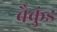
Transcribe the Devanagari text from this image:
बैकुंड